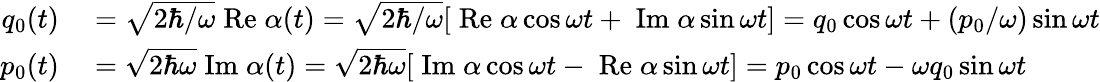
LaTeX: \begin{array}{rl}{q_{0}(t)}&{{}=\sqrt{2\hbar/\omega}\mathrm{\; Re}\; \alpha(t)=\sqrt{2\hbar/\omega}[\mathrm{\; Re}\; \alpha\cos\omega t+\mathrm{\; Im}\; \alpha\sin\omega t]=q_{0}\cos\omega t+(p_{0}/\omega)\sin\omega t}\\ {p_{0}(t)}&{{}=\sqrt{2\hbar\omega}\mathrm{\; Im}\; \alpha(t)=\sqrt{2\hbar\omega}[\mathrm{\; Im}\; \alpha\cos\omega t-\mathrm{\; Re}\; \alpha\sin\omega t]=p_{0}\cos\omega t-\omega q_{0}\sin\omega t}\end{array}